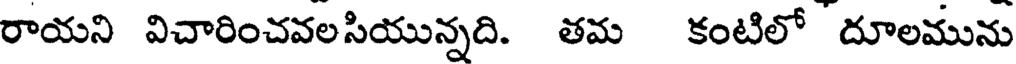
రాయని విచారించవలసియున్నది. తమ కంటిలో దూలమును